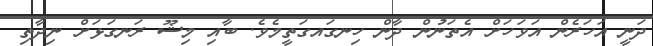
ދަނީ އަހަރެން އަވަހަށް އެތަނުން ދާން ހިނގައގަތީމެވެ. ބާއި މިޝޫ ރަނގަޅަށް ނިދާތި